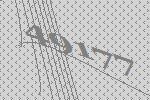
49177